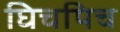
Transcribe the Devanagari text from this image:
घिचपिच